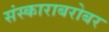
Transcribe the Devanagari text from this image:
संस्काराबरोबर